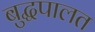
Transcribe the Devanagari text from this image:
बुद्धपालत